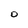
Character: O